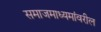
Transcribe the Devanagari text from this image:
समाजमाध्यमांवरील